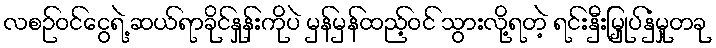
လစဉ်ဝင်ငွေရဲ့ ဆယ်ရာခိုင်နှုန်းကိုပဲ မှန်မှန်ထည့်ဝင် သွားလို့ရတဲ့ ရင်းနှီးမြှုပ်နှံမှု့တခု